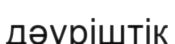
дәуріштік